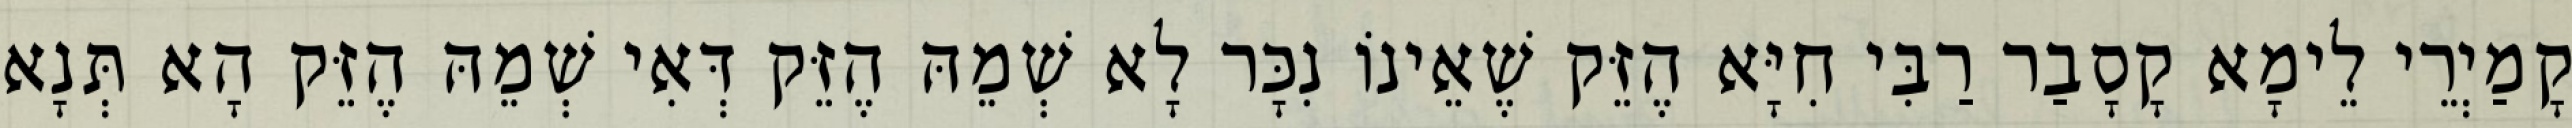
קָמַיְרֵי לֵימָא קָסָבַר רַבִּי חִיָּא הֶזֵּק שֶׁאֵינוֹ נִכָּר לָא שְׁמֵהּ הֶזֵּק דְּאִי שְׁמֵהּ הֶזֵּק הָא תְּנָא